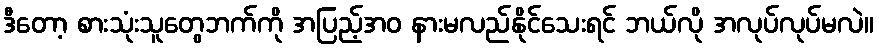
ဒီတော့ စားသုံးသူတွေဘက်ကို အပြည့်အဝ နားမလည်နိုင်သေးရင် ဘယ်လို အလုပ်လုပ်မလဲ။